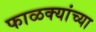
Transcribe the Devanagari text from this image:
फाळक्यांच्या